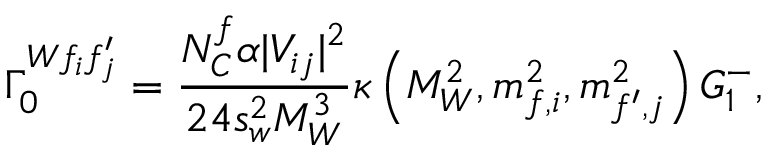
\Gamma _ { 0 } ^ { W f _ { i } f _ { j } ^ { \prime } } = \frac { N _ { C } ^ { f } \alpha | V _ { i j } | ^ { 2 } } { 2 4 s _ { w } ^ { 2 } M _ { W } ^ { 3 } } \kappa \left( M _ { W } ^ { 2 } , m _ { f , i } ^ { 2 } , m _ { f ^ { \prime } , j } ^ { 2 } \right) G _ { 1 } ^ { - } ,